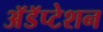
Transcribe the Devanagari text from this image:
अॅडॅप्टेशन